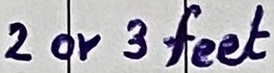
Text: 2 or 3 feet